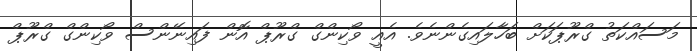
މަސައްކަތު ގްރޫޕަކަށް ބަހާލައިގެންނެވެ. އެއީ ވޯކިންގް ގްރޫޕް އޮން ފައިނޭންސް ވޯކިންގް ގްރޫޕް